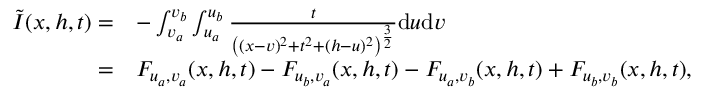
\begin{array} { r l } { \Tilde { I } ( x , h , t ) = } & { - \int _ { v _ { a } } ^ { v _ { b } } \int _ { u _ { a } } ^ { u _ { b } } \frac { t } { \left( ( x - v ) ^ { 2 } + t ^ { 2 } + ( h - u ) ^ { 2 } \right) ^ { \frac { 3 } { 2 } } } \mathrm { d } u \mathrm { d } v } \\ { = } & { F _ { u _ { a } , v _ { a } } ( x , h , t ) - F _ { u _ { b } , v _ { a } } ( x , h , t ) - F _ { u _ { a } , v _ { b } } ( x , h , t ) + F _ { u _ { b } , v _ { b } } ( x , h , t ) , } \end{array}